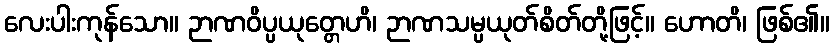
လေးပါးကုန်သော။ ဉာဏဝိပ္ပယုတ္တေဟိ၊ ဉာဏသမ္ပယုတ်စိတ်တို့ဖြင့်။ ဟောတိ၊ ဖြစ်၏။